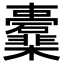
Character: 𣡖